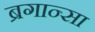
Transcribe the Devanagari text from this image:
ब्रगान्सा